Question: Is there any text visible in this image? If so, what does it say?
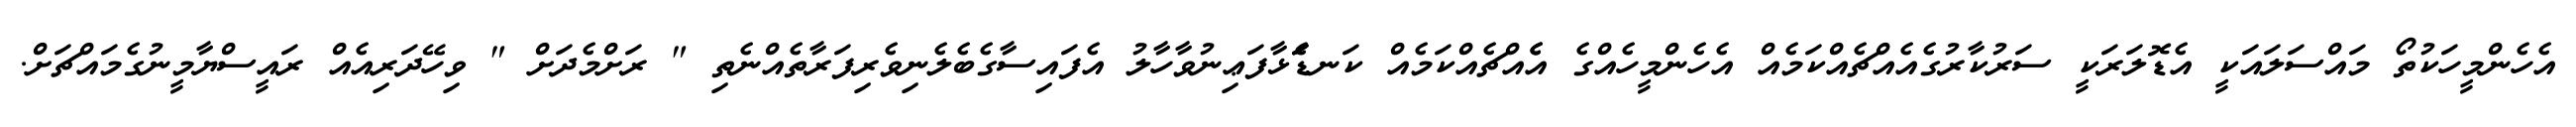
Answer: އެހެންމީހަކުތޯ މައްސަލައަކީ އެޑޮލަރަކީ ސަރުކާރުގެއެއްޗެއްކަމެއް އެހެންމީހެއްގެ އެެއްޗެއްކަމެއް ކަނޑަެަޅާފަޢިނުވާހާލު އެފައިސާގެބެލެނިވެރިފަރާތެއްނެތި " ރަށްމެދަށް " ވިހޭދަރިއެއް ރައީސްޔާމީނުގެމައްޗަށް.